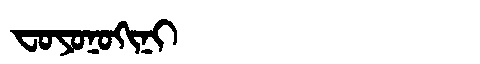
Manchu: ᠸᠣᠶᠣᠨᠣᡴᡳᠨᡳ
Romanization: FOYONOKINI